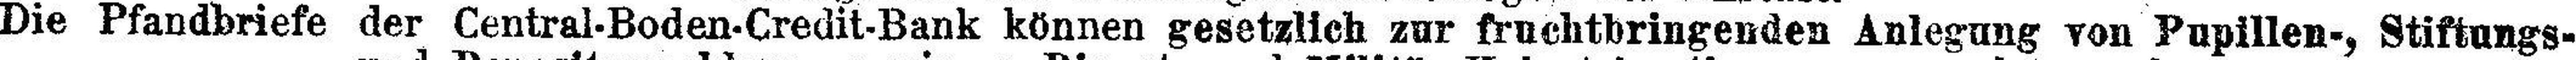
Die Pfandbriefe der Central-Boden-Credit-Bank können gesetzlich zur fruchtbringenden Anlegung von Pupillen-, Stiftungs-